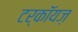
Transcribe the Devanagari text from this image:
टर्कॉयज़